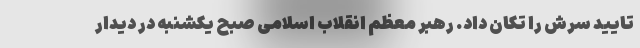
تایید سرش را تکان داد. رهبر معظم انقلاب اسلامی صبح یکشنبه در دیدار